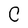
Character: C